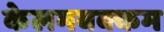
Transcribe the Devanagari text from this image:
केलमबक्कम